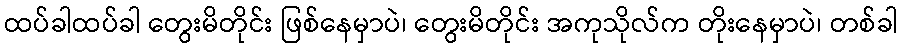
ထပ်ခါထပ်ခါ တွေးမိတိုင်း ဖြစ်နေမှာပဲ၊ တွေးမိတိုင်း အကုသိုလ်က တိုးနေမှာပဲ၊ တစ်ခါ